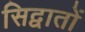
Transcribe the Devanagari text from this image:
सिद्वातों